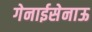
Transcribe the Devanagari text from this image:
गेनाईसेनाऊ